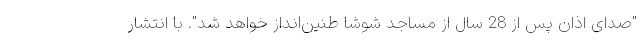
"صدای اذان پس از 28 سال از مساجد شوشا طنین‌انداز خواهد شد". با انتشار